Code of medical and sanitary regulations for the guidance of medical officers serving in the Madras Presidency - Volume I
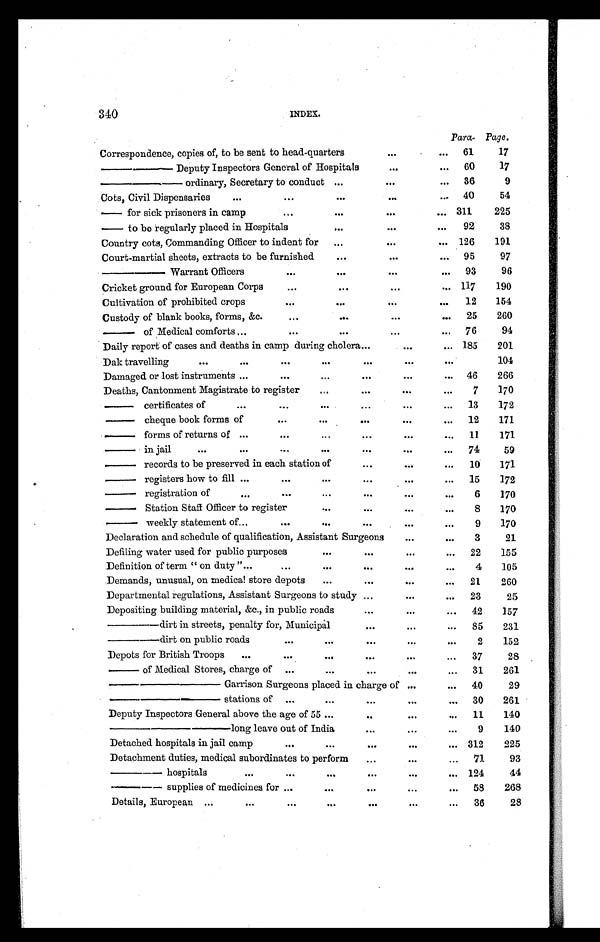
340 INDEX.
Para. Page.
Correspondence, copies of, to be sent to head-quarters
...
. . .
6 1 17
———Deputy Inspectors General of Hospitals
...
... 60
17
————ordinary, Secretary to conduct
. . . . . . 36 9
Cots, Civil Dispensaries
. . .
. . .
. . .
...
... 40
54
— for sick prisoners in camp
. . .
...
...
. . .
311
225
— to be regularly placed in Hospitals
...
. . .
... 92
38
Country cots, Commanding Officer to indent for . . .
...
... 126
191
Court-martial sheets, extracts to be furnished
. . .
. . .
... 95
97
— — — W a r r a n t O f f i c e r s
...
. . .
. . .
... 93
96
Cricket ground for European Corps
...
. . .
. . .
... 117
190
Cultivation of prohibited crops
...
...
. . .
... 12
154
Custody of blank books, forms, &c.
...
. . .
. . .
. . . 25
260
— o f M e d i c a l c o m f o r t s
...
. . .
. . .
...
... 76
94
Daily report of cases and deaths in camp during cholera ...
...
... 185
201
Dak travelling
. . . . . .
...
...
...
...
. . .
104
Damaged or lost instruments ...
. . .
...
...
...
... 46
266
Deaths, Cantonment Magistrate to register
...
...
...
...
7
170
— c e r t i f i c a t e s o f
. . .
. . .
...
...
...
... 13
172
— cheque book forms of
. . .
...
...
...
... 12
171
— forms of returns of ...
. . .
...
...
...
...
1 1 171
— in jail
...
...
. . .
...
...
...
... 74
59
— records to be preserved in each station of
...
...
... 10
171
— registers how to fill ...
. . .
...
...
...
... 15
172
— r e g i s t r a t i o n o f
...
. . .
...
...
...
...
6
1 7 0
— Station Staff Officer to register
...
...
...
. . . 8
170
— weekly statement of ...
. . .
...
...
...
. . . 9
170
Declaration and schedule of qualification, Assistant Surgeons
...
. . .
3
2 1
Defiling water used for public purposes
...
...
...
... 22
155
Definition of term " on duty " ...
. . .
...
...
...
. . . 4
105
Demands, unusual, on medical store depots
...
...
...
... 21
260
Departmental regulations, Assistant Surgeons to study ...
...
... 23
25
Depositing building material, &c., in public roads
...
...
... 42
157
——dirt in streets, penalty for, Municipal
...
. . .
... 85
231
— — d i r t o n p u b l i c r o a d s
. . .
. . .
...
...
...
2
152
Depots for British Troops ...
. . .
. . .
...
. . .
... 37
28
— o f M e d i c a l S t o r e s , c h a r g e o f ...
. . .
...
...
... 31
261
— — — — G a r r i s o n S u r g e o n s p l a c e d i n c h a r g e o f ...
... 40
29
———— stations of ...
. . .
...
. . .
... 30
261
Deputy Inspectors General above the age of 55 ..
.
..
. . .
... 11
140
— — — — — l o n g l e a v e o u t o f I n d i a
...
. . .
. . .
9
1 4 0
Detached hospitals in jail camp
. . .
...
...
...
... 312
225
Detachment duties, medical subordinates to perform ...
. . .
... 71
93
— — h o s p i t a l s
...
. . .
. . .
. . .
. . .
. . . 124
44
—— supplies of medicines for ...
. . .
...
...
... 58
268
Details, European ...
...
. . .
. . .
. . .
...
... 36
28